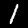
Digit: 1